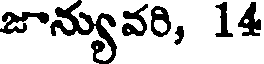
జాన్యువరి, 14